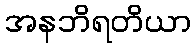
အနဘိရတိယာ